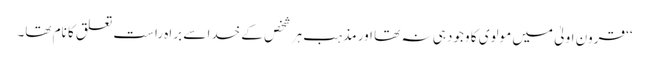
‘‘ قرون اولیٰ میں مولوی کا وجود ہی نہ تھا اور مذہب ہر شخص کے خدا سے براہ راست تعلق کا نام تھا۔